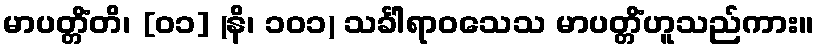
မာပတ္တိံတိ၊ [၀၁] (နိ၊ ၁၀၁) သင်္ခါရာဝသေသ မာပတ္တိံဟူသည်ကား။